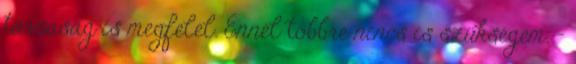
társaság is megfelel. Ennél többre nincs is szükségem. -